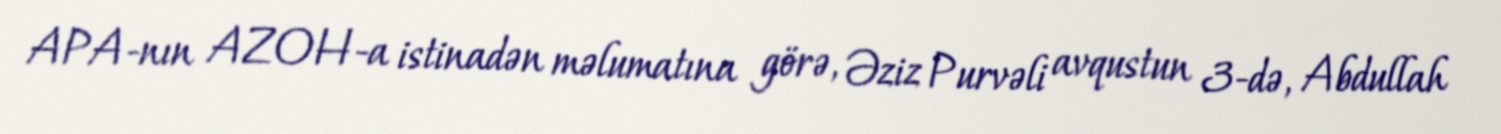
APA-nın AZOH-a istinadən məlumatına görə, Əziz Purvəli avqustun 3-də, Abdullah